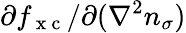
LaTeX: \partial f_{\mathrm{~x~c~}}/\partial(\nabla^{2}n_{\sigma})